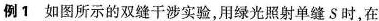
例1 如图所示的双缝干涉实验，用绿光照射单缝S时，在